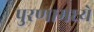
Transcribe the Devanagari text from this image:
पुरणामध्ये